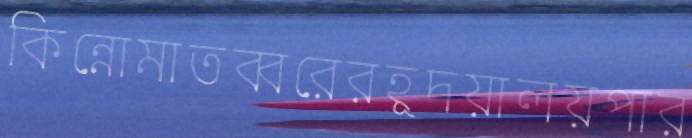
কিন্নোমাতব্বরেরহূদয়ালয়পার